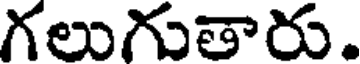
గలుగుతారు.